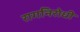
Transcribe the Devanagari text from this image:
रागनिरोधी